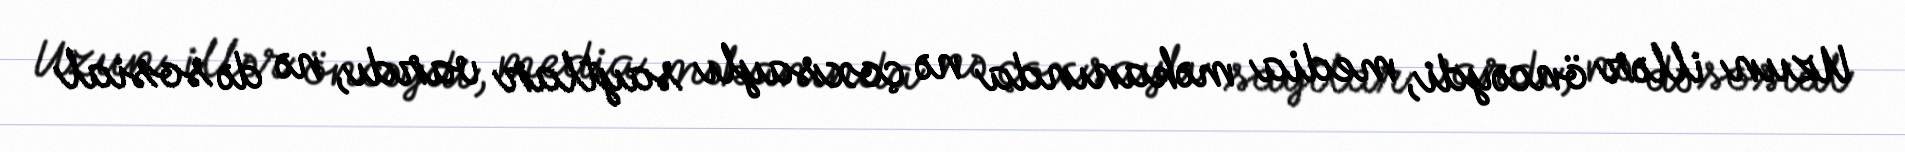
Uzun illər öncəydi, media məkanında nə çoxsaylı saytlar vardı, nə də sosial